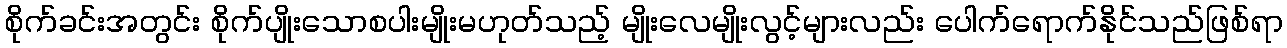
စိုက်ခင်းအတွင်း စိုက်ပျိုးသောစပါးမျိုးမဟုတ်သည့် မျိုးလေမျိုးလွင့်များလည်း ပေါက်ရောက်နိုင်သည်ဖြစ်ရာ